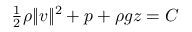
\begin{array} { r } { \frac { 1 } { 2 } \rho \| v \| ^ { 2 } + p + \rho g z = C } \end{array}